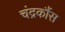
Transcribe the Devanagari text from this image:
चंद्रकौंस